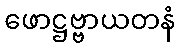
ဖောဋ္ဌဗ္ဗာယတနံ